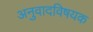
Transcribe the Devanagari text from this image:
अनुवादविषयक